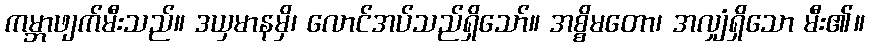
ကမ္ဘာဖျက်မီးသည်။ ဒယှမာနမှိ၊ လောင်အပ်သည်ရှိသော်။ အစ္စိမတော၊ အလျှံရှိသော မီး၏။